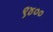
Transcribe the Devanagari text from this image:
९४००